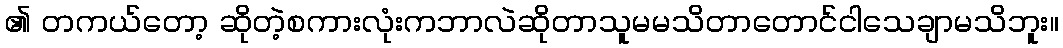
၏ တကယ်တော့ ဆိုတဲ့စကားလုံးကဘာလဲဆိုတာသူမမသိတာတောင်ငါသေချာမသိဘူး။